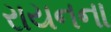
રાયનના